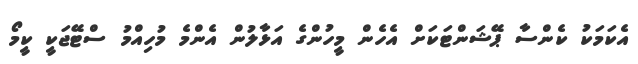
އެކަމަކު ކެންސާ ޕޭޝަންޓަކަށް އެހެން މީހުންގެ އަޅާލުން އެންމެ މުހިއްމު ސްޓޭޖަކީ ކީމޯ